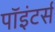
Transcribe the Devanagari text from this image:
पॉइंटर्स